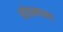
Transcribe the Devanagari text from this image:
सोडल्यातच